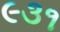
૯૩૧